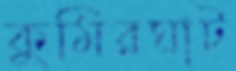
কুমিরঘাট